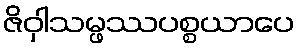
ဇိဝှါသမ္ဖဿပစ္စယာပေ